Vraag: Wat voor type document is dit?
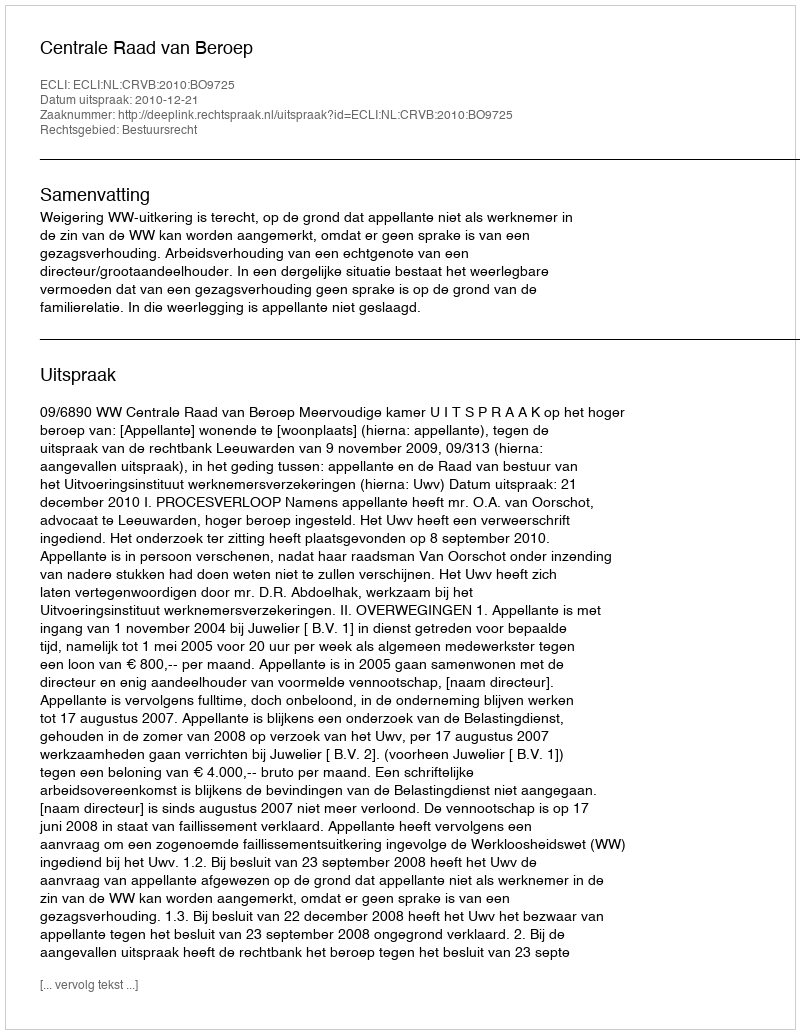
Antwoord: Uitspraak